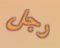
رجل